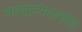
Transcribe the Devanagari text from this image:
नवप्लेटोमतामार्फत